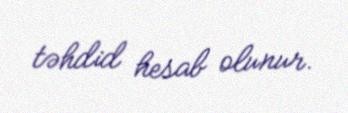
təhdid hesab olunur.